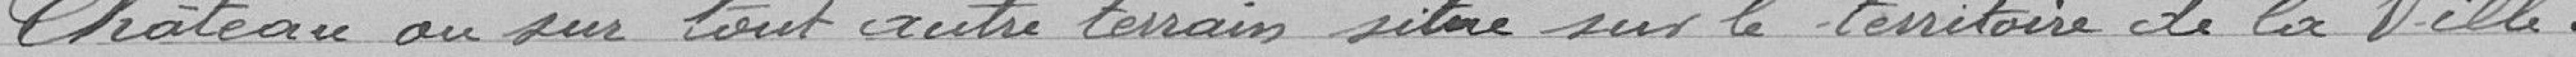
Château ou sur tout autre terrain situé sur le territoire de la Ville.